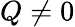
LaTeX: Q\neq 0